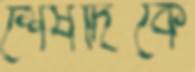
শেষদিকে